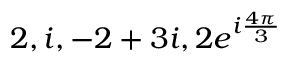
2 , i , - 2 + 3 i , 2 e ^ { i { \frac { 4 \pi } { 3 } } }